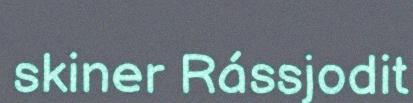
skiner Rássjodit